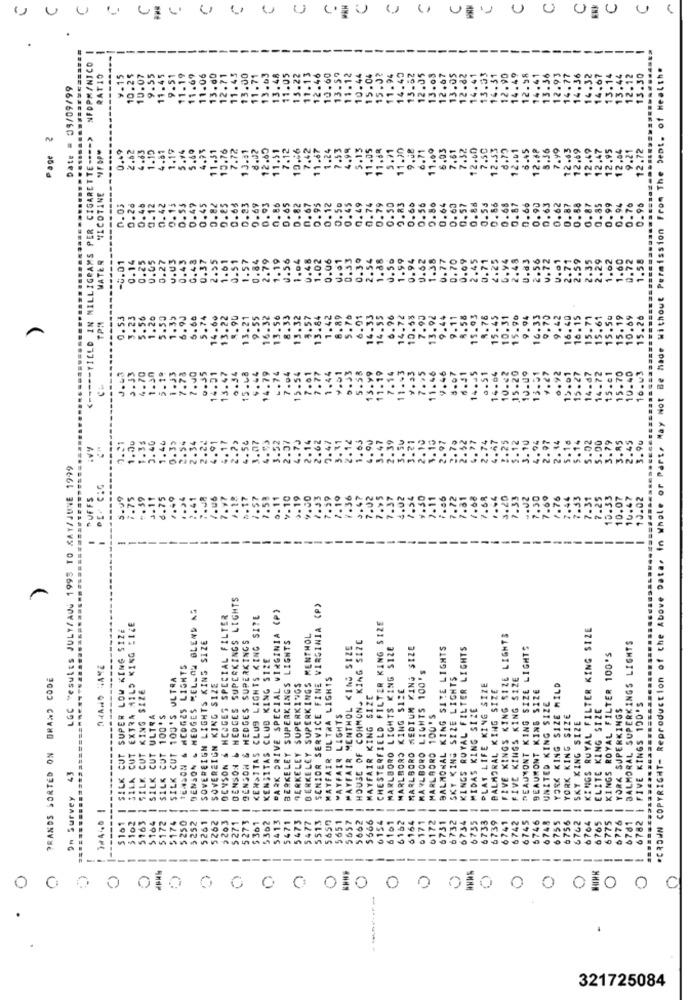
U
NFOPMANICO
*CROWN COPYRIGHT- Reproduction of the Above Data, in Whole or Part, May Not Be hade Without Permission From The Dept. of Health.
RATIO
¥-15
10.25
10.07
9.55
11.45
9.51
11.19
11.69
11.06
13.00
12.71
11.45
13.00
11.71
13 .0
13.4
11.0
12.4
10.60
15.04
15.0
14.49
12.05
13.08
12.67
13.05
12.8
14.4
14.49
12.98
12.93
14.36
14.32
14.67
14
3.44
12.12
13.30
Date = 05/09/99
13.
13.
11.1
10 . 4
13.6
13.5
14.
12.
13
<----- YIELD IN MILLIGRAMS PER CIGARETTE ---- >
Page
"FOP
3.49
2.62
4.63
1.15
1.19
5.49
4.95
11.31
10.76
7.72
13.41
8.02
12.60
11.51
7.12
10.46
7.42
11.67
1.24
7.53
4.99
5.13
11.05
11.68
5.71
11.30
9.48
6.71
11.09
6.03
7.61
7.32
12.60
7.50
12.33
12.01
6.45
12.88
5.36
7.99
12.43
12.69
12.49
12,47
12,64
9.21
12.72
NICOTINE
0.45
0.45
0.49
0.26
0.12
0.42
0.13
0.47
0.45
0.82
0.85
0.65
0.93
9.69
0.93
0.86
0.65
0.82
0.67
0.95
0.12
0.50
0.74
0.79
0.50
9.83
0.66
0.56
0.64
0.63
0.57
0.86
0.55
0.86
0.68
0.60
0.87
0.85
0.99
0.94
0.76
0.96
MATER
0.25
0.05
0.43
0.48
0.37
2.55
1.61
0.51
1.57
0.84
2.79
1.19
0.56
1.04
0.48
0.06
0.61
0.33
0.39
2.54
1.88
0.50
1.59
0.94
1.38
0.77
0.70
0.09
2.45
0.71
2.25
0.94
2.48
0.63
2.56
v.72
2.71
2.59
2.35
2.29
1.62
1.60
0.72
1.58
-0.01
0.14
0.27
1.02
---
0.53
3.23
.56
.20
1.35
6.9J
5.60
5.74
14.60
13.22
8.90
13.21
9.55
16.32
13.56
8.33
13.32
4.57
13.84
1.42
8.89
6.01
14.33
14.55
6.96
14.72
10.58
7.90
13.92
9.44
9-11
8.58
15.93
9.78
15.45
10.31
15.90
9.94
16.33
9.75
9.42
16.40
16.15
15.71
15.61
15.50
15.19
10.69
15.26
TPM
5.
14.79
-. 74
4.27
10.40
3.33
4.70
1.30
5.19
.33
7.78
7.00
0.55
14.01
13.47
0.54
15.48
5.44
7.04
13-56
7.01
7.77
1.44
4.01
11.5
7.05
11.46
4.46
3.07
6.11
14.45
0.51
16.06
10.42
15.20
10.00
13.91
6.92
12.01
15.27
14-d?
14.72
15.01
15.70
16.43
5 .
.54
.07
52
70
$2
.25
5.12
3.10
04
14
18
14
5.02
.00
3.79
AS
45
3.90
3.21
LGC "esults JULY/AUG 1995 TO KAY/JUNE 1999
PUFFS
7.33
.02
.50
1.76
.44
.33
.33
10.07
16.47
10.02
7.7
6.7
-
BENSON & HEDGES SUPERKINGS LIGHTS
BENSON & HEDGES MELLOW BLEND AS
SENIOR SERVICE FINE VIRGINIA (P)
OENSON & HEDGES SPECIAL FILTER
KEN>TTAS CLUS LIGHTS KING SITE
(P)
$161 | SILK CUT SUPER LOW KING SIZE
3102 | SILA CUT EXTRA MILD KING SIZE
CHESTERFIELD FILTER KING SIZE
KINGS ROYAL FILTER KING SIZE
SOVEREIGN LIGHTS KING SIZE
BENSON & HEDGES SUPERKINGS
PARK DRIVE SPECIAL WIRGINIA
BERKELEY SUPERKINGS LIGHTS
BERKELEY SUPERKINGS MENTHOL
FIVE KINGS KING SIZE LIGHTS
BALMORAL SUPERKINGS LIGHTS
MAYFAIR MENTHOL KING SIZE
HOUSE OF COMMONS KING SIZE
MARLBORO LIGHTS KING SIZE
MARLBORO MEDIUM KING SIZE
BALMONAL KING SITE LIGHTS
KINGS ROYAL FILTER LIGHTS
6745 | DEAUMONT KING SIZE LIGHTS
-----
KENSITAS CLUB KING SIZE
KINGS ROYAL FILTER 100'S
SZANO HAKE
TENSON & HEDGES LIGHTS
DRAND CODE
SILK CUT 103'S ULTRA
MAYFAIR ULTRA LIGHTS
MARLBORO LIGHTS 100'
SKY KING SIZE LIGHTS
FIVE KINGS KING SIZE
CUT KING SIZE
SOVEREIGN KING SIZE
BERKELEY SUPERKINGS
MARLBORO KING SIZE
PLAT LIFE KING SIZE
BALMORAL KING SIZE
YORK KING SIZE MILD
MAYFAIR KING SIZE
BEAUMONT KING SIZE
MIDAS KING SIZE
I UNITED KING SIZE
6765 | ELITE KING SIZE
YORK SUPERKINGS
| FIVE KINGS 100'S
ULTRA
SILK CUT 100'S
WAYFAIR LIGHTS
MARLBORO 100'S
YORK KING SIZE
6762 1 SKY KING SIZE
PRANDS SORTED ON
=======
SILK CUT
43
SILK
...
On Survey
5651 |
5746 |
-
5163
-
$174
-
5262
$203
-
-
5273
5362
5413
5471
-
5473
-
5477
5513
--
5657
5662
-
6154
6101
6162
-
6164
6171
0172
-
6731
6732
6734
6735
--
6733
6739
6741
6742
6748
6755
6756
-
6764
6775
-
6776
6781
6782
5164
$172
$250
$252
5261
$271
$ 361
5566
-----
----
--
--
-
--
-
--
----
---
0
321725084